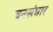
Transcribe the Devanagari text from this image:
जनसंघार